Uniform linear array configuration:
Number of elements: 64
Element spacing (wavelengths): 1
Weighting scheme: uniform
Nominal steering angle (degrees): -45
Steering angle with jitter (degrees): -43.079
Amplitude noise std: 0.05
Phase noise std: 0.05

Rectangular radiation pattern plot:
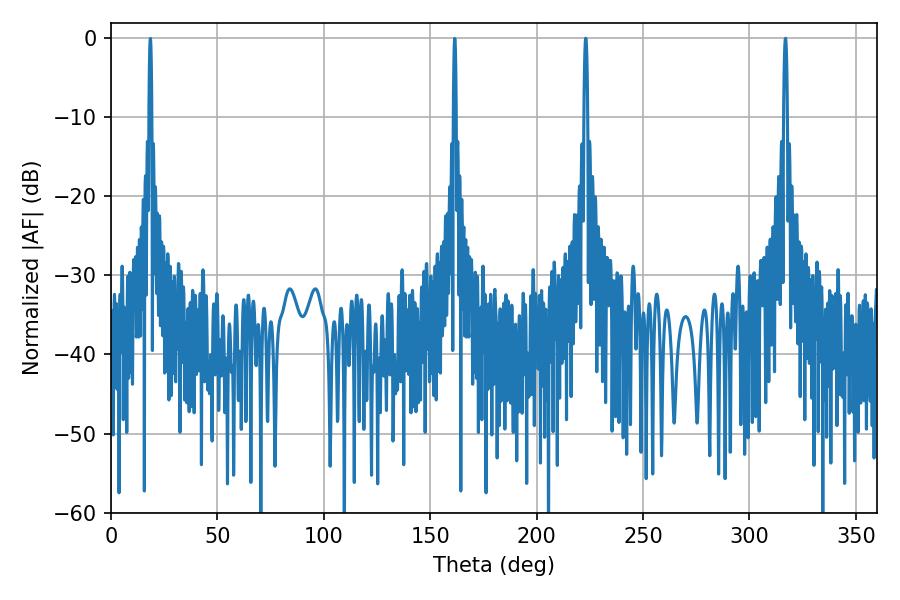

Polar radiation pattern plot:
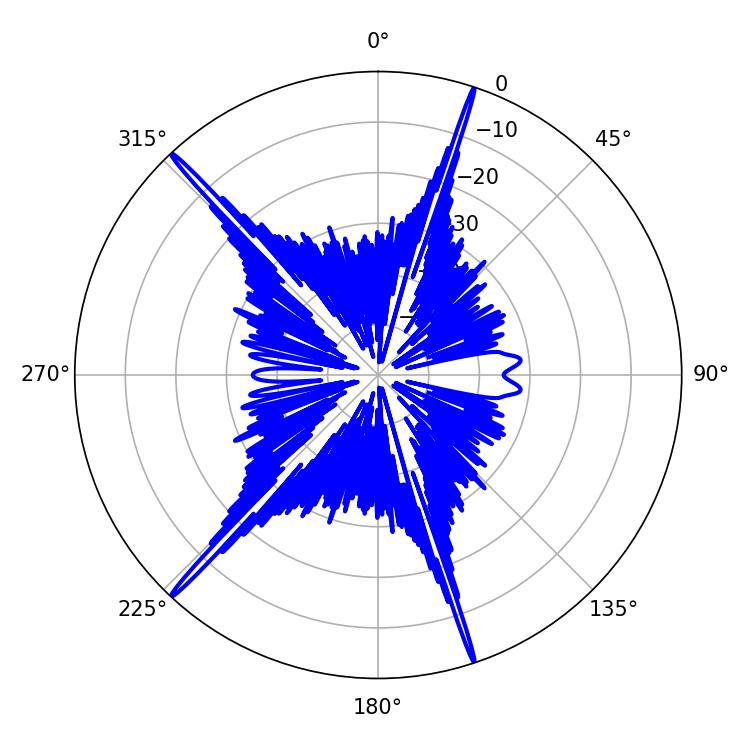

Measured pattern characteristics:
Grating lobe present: TRUE
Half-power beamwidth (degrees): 0.9
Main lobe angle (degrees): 223.02